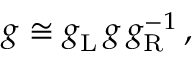
g \cong g _ { \mathrm { L } } ^ { \vphantom 1 } \, g \, g _ { \mathrm { R } } ^ { - 1 } \, ,